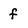
Character: f